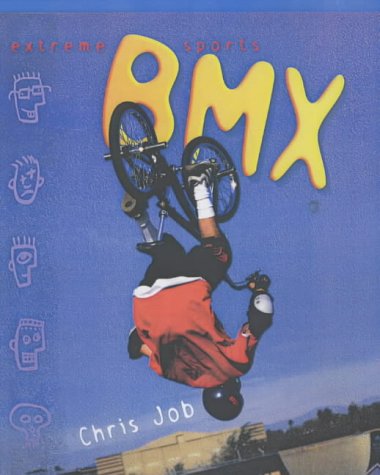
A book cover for BMX Biking (Extreme Sports); Chris Job; Children's Books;